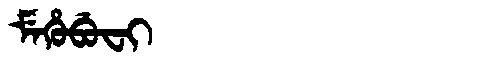
Manchu: ᠮᡝᡥᡠᠪᡠᠸᡳ
Romanization: MEHUBUFI